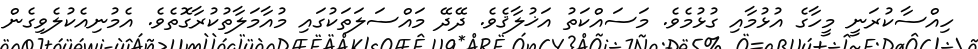
ހިއްސާކުރަނީ މީހާގެ އުޅުމާއި ގުޅުމެވެ. މަސައްކަތު އަޚުލާޤެވެ. ދޭދޭ މައްސަލަތަކުގައި މުއާމަލާތުކުރާގޮތެވެ. އެމުނިއެކުލެވިގެން